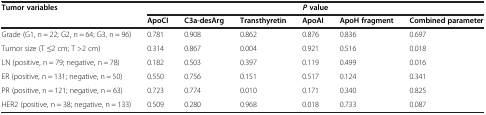
<table><thead><tr><td rowspan="2"><b>Tumor variables</b></td><td colspan="6"><b><i>P </i>value</b></td></tr><tr><td><b>ApoCI</b></td><td><b>C3a-desArg</b></td><td><b>Transthyretin</b></td><td><b>ApoAI</b></td><td><b>ApoH fragment</b></td><td><b>Combined parameter</b></td></tr></thead><tbody><tr><td>Grade (G1, n = 22; G2, n = 64; G3, n = 96)</td><td>0.781</td><td>0.908</td><td>0.862</td><td>0.876</td><td>0.836</td><td>0.697</td></tr><tr><td>Tumor size (T ≤2 cm; T &gt;2 cm)</td><td>0.314</td><td>0.867</td><td>0.004</td><td>0.921</td><td>0.516</td><td>0.018</td></tr><tr><td>LN (positive, n = 79; negative, n = 78)</td><td>0.182</td><td>0.503</td><td>0.397</td><td>0.119</td><td>0.499</td><td>0.016</td></tr><tr><td>ER (positive, n = 131; negative, n = 50)</td><td>0.550</td><td>0.756</td><td>0.151</td><td>0.517</td><td>0.124</td><td>0.341</td></tr><tr><td>PR (positive, n = 121; negative, n = 63)</td><td>0.723</td><td>0.774</td><td>0.010</td><td>0.171</td><td>0.340</td><td>0.825</td></tr><tr><td>HER2 (positive, n = 38; negative, n = 133)</td><td>0.509</td><td>0.280</td><td>0.968</td><td>0.018</td><td>0.733</td><td>0.087</td></tr></tbody></table>